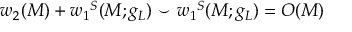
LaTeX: w _ { 2 } ( M ) + { w _ { 1 } } ^ { S } ( M ; g _ { L } ) ~ { \smile } ~ { w _ { 1 } } ^ { S } ( M ; g _ { L } ) = { \cal O } ( M )